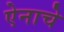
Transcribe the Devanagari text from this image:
ऐनाचे